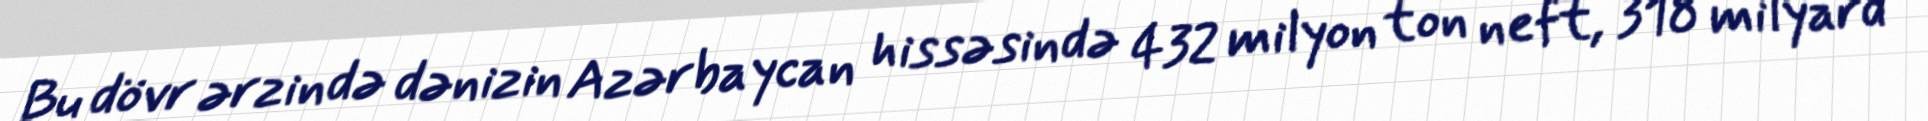
Bu dövr ərzində dənizin Azərbaycan hissəsində 432 milyon ton neft, 318 milyard